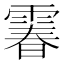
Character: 𩄄